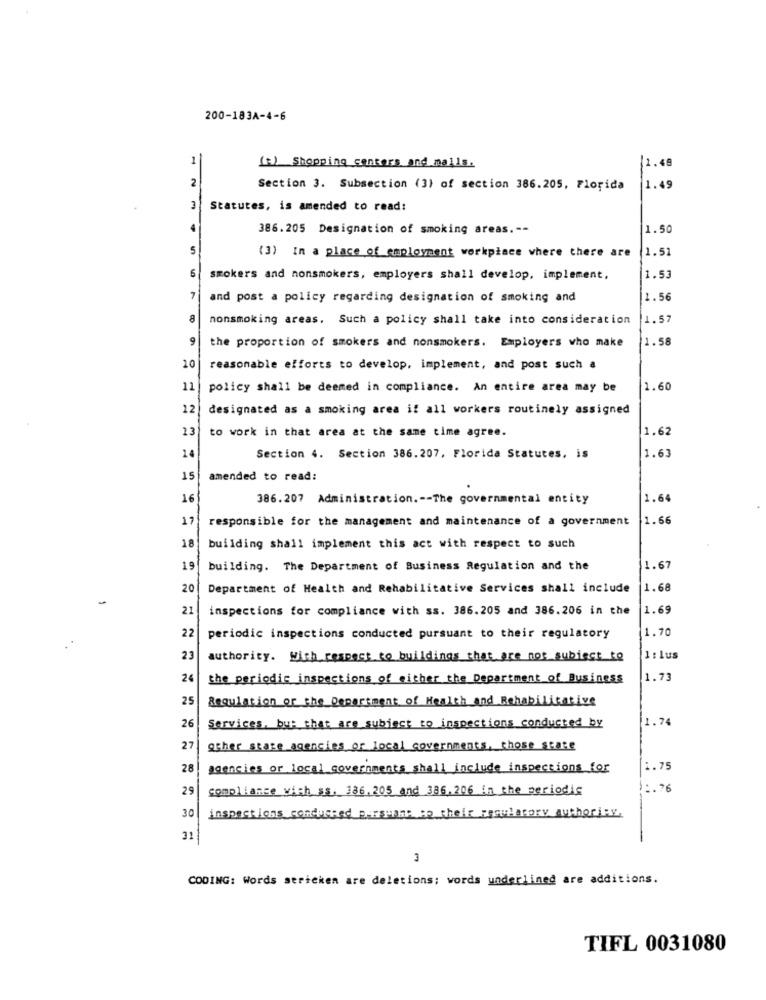
200-183A-4-6
1
1.49
(1) Shopping centers and malls.
2
Section 3. Subsection (3) of section 386.205, Florida
1.49
3
Statutes, is amended to read:
386.205 Designation of smoking areas .--
1.50
5
11.51
(3) In a place of employment workplace where there are
smokers and nonsmokers, employers shall develop, implement,
1.53
7
and post a policy regarding designation of smoking and
1.56
8
nonsmoking areas. Such a policy shall take into consideration
1.57
1.58
the proportion of smokers and nonsmokers. Employers who make
10
reasonable efforts to develop, implement, and post such a
11
policy shall be deemed in compliance. An entire area may be
1.60
12
designated as a smoking area if all workers routinely assigned
13
1.62
to work in that area at the same time agree.
14
Section 4. Section 386.207, Florida Statutes, is
1.63
15
amended to read:
16
386.207 Administration .-- The governmental entity
1.64
17
responsible for the management and maintenance of a government
1.66
18
building shall implement this act with respect to such
19
building. The Department of Business Regulation and the
1.67
20
Department of Health and Rehabilitative Services shall include
1.68
21
inspections for compliance with ss. 386.205 and 386.206 in the
1.69
1.70
22
periodic inspections conducted pursuant to their regulatory
23
authority. With respect to buildings that are not subject to
1: lus
24
the periodic inspections of either the Department of Business
1.73
25
Regulation or the Department of Health and Rehabilitative
1.74
26
Services, but that are subject to inspections conducted by
27
other stare agencies or local governments, chose state
28
agencies or local governments shall include inspections for
1.75
29
compliance wich ss. 186.205 and 386, 206 in the periodic
1.76
30
inspections conducted parsmann ao their regulatory authority.
31
CODING: Words sericken are deletions; words underlined are additions.
TIFL 0031080